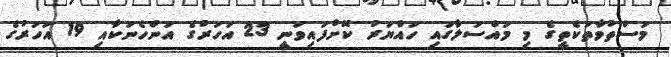
މަސްތުވާތަކެތީގެ މި މައްސަލާގައި ހައްޔަރު ކޮށްފައިވަނީ 23 އަހަރުގެ އަންހެނަކާއި 19 އަހަރުގެ